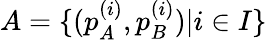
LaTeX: A=\{ (p_{A}^{(i)},p_{B}^{(i)})|i\in I\}